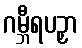
ဂမ္ဘီရပဉှာ